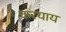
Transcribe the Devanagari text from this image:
करयाय